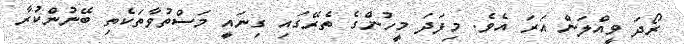
ރޯދަ ވީއްލަން އަރަ އެވެ. މިފަދަ މީހުންގެ ތެރޭގައި ގިނައީ މަސްތުވާތަކެތި ބޭނުންކުރާ